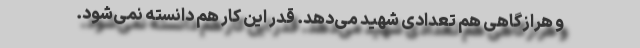
و هر‌از‌گاهی هم تعدادی شهید می‌دهد. قدر این کار هم دانسته نمی‌شود.